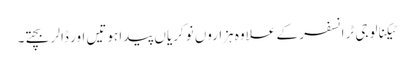
ٹیکنالوجی ٹرانسفر کے علاوہ ہزاروں نوکریاں پیدا ہوتیں اور ڈالر بچتے۔